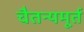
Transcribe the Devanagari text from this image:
चैतन्यमूर्त